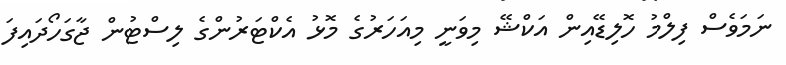
ނަމަވެސް ފިލްމު ހޮލިޑޭއިން އަކްޝޭ މިވަނީ މިއަހަރުގެ މޮޅު އެކްޓަރުންގެ ލިސްޓުން ޖާގަހޯދައިފަ